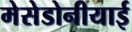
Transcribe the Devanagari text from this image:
मेसेडोनीयाई